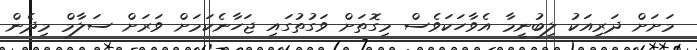
މަށަށް ދަރިއަކު ލިބުނީމާ އެވާހަކަވެސް މިގޮތަށް ވަގުތުގައި ޖަހާނެކަމަށް ވަރަށް ސަލާމް މިދެން